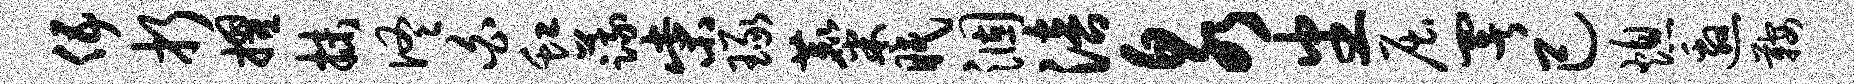
伍折擢抹佟白虹蔬柴琢麋眠涸涪泉番屈署己熄邀鞍